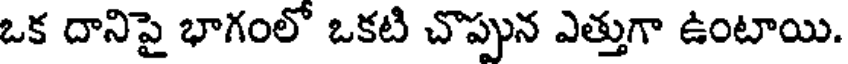
ఒక దానిపై భాగంలో ఒకటి చొప్పున ఎత్తుగా ఉంటాయి.